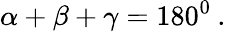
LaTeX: \alpha+\beta+\gamma=180^{0}\: .